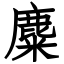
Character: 麋